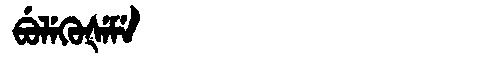
Manchu: ᠪᡠᠯᡝᡴᡠᡧᡝᠮᡝ
Romanization: BULEKUŠEME